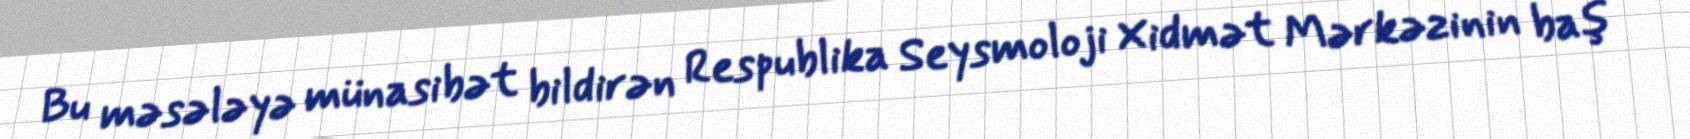
Bu məsələyə münasibət bildirən Respublika Seysmoloji Xidmət Mərkəzinin baş